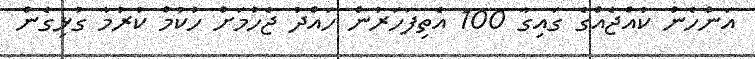
އަންހެން ކުއްޖެއްގެ ގައިގާ 100 އެތިފަހަރުން ހައްދު ޖެހުމަށް ހުކުމް ކުރުމާ ގުޅިގެން